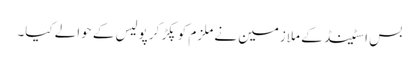
بس اسٹینڈ کے ملازمین نے ملزم کو پکڑ کر پولیس کے حوالے کیا۔